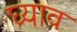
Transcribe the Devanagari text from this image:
घ्याव